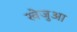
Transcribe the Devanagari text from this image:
खेजुआ